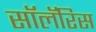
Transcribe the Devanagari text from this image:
सॉलॅरिस